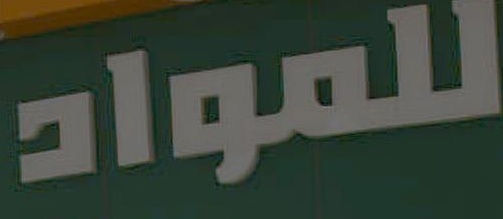
للمواد